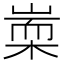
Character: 𣖃